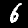
Label: 6